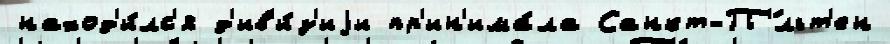
наход'и́лс'я д'ив'и́з'иjи пр'ин'има́ла Санкт-П'́льт'ен